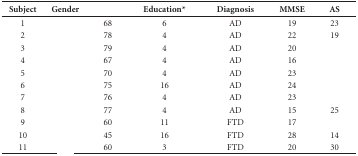
<table><thead><tr><td><b>Subject</b></td><td><b>Gender</b></td><td>[EMPTY_CELL]</td><td><b>Education*</b></td><td><b>Diagnosis</b></td><td><b>MMSE</b></td><td><b>AS </b></td></tr></thead><tbody><tr><td>1</td><td>[EMPTY_CELL]</td><td>68</td><td>6</td><td>AD</td><td>19</td><td>23</td></tr><tr><td>2</td><td>[EMPTY_CELL]</td><td>78</td><td>4</td><td>AD</td><td>22</td><td>19</td></tr><tr><td>3</td><td>[EMPTY_CELL]</td><td>79</td><td>4</td><td>AD</td><td>20</td><td>[EMPTY_CELL]</td></tr><tr><td>4</td><td>[EMPTY_CELL]</td><td>67</td><td>4</td><td>AD</td><td>16</td><td>[EMPTY_CELL]</td></tr><tr><td>5</td><td>[EMPTY_CELL]</td><td>70</td><td>4</td><td>AD</td><td>23</td><td>[EMPTY_CELL]</td></tr><tr><td>6</td><td>[EMPTY_CELL]</td><td>75</td><td>16</td><td>AD</td><td>24</td><td>[EMPTY_CELL]</td></tr><tr><td>7</td><td>[EMPTY_CELL]</td><td>76</td><td>4</td><td>AD</td><td>23</td><td>[EMPTY_CELL]</td></tr><tr><td>8</td><td>[EMPTY_CELL]</td><td>77</td><td>4</td><td>AD</td><td>15</td><td>25</td></tr><tr><td>9</td><td>[EMPTY_CELL]</td><td>60</td><td>11</td><td>FTD</td><td>17</td><td>[EMPTY_CELL]</td></tr><tr><td>10</td><td>[EMPTY_CELL]</td><td>45</td><td>16</td><td>FTD</td><td>28</td><td>14</td></tr><tr><td>11</td><td>[EMPTY_CELL]</td><td>60</td><td>3</td><td>FTD</td><td>20</td><td>30</td></tr></tbody></table>